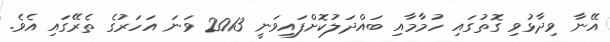
އޭނާ ވިދާޅުވި ގޮތުގައި ހުމާމާއި ބައްދަލުކޮށްފައިވަނީ 2013 ވަނަ އަހަރުގެ ތެރޭގައި އެވެ.